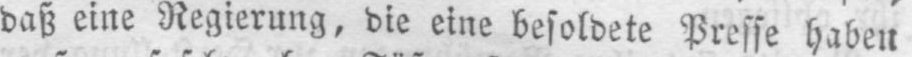
daß eine Regierung, die eine besoldete Presse haben